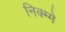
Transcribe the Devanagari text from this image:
निक्म्मे